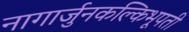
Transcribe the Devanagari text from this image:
नागार्जुनकल्किभूपती